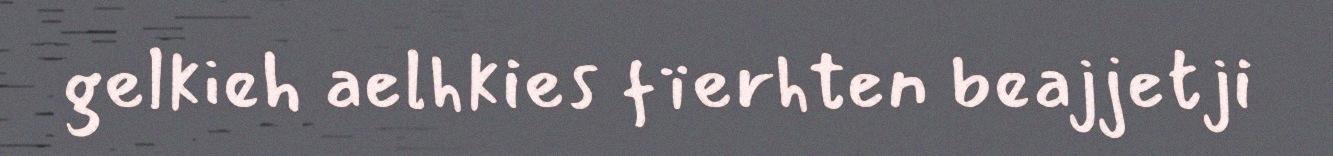
gelkieh aelhkies fïerhten beajjetji